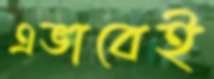
এভাবেই